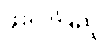
ဖိုးလပြည့်